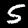
Digit: 5